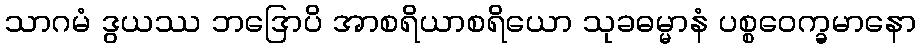
သာဂမံ ဒွယဿ ဘဒြောပိ အာစရိယာစရိယော သုခဓမ္မာနံ ပစ္စဝေက္ခမာနော